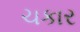
ચકાર